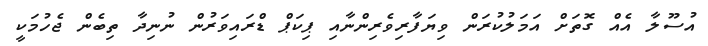
އުސޫލާ އެއް ގޮތަށް އަމަލުކުރަން ވިޔަފާރިވެރިންނާއި ޕިކަޕް ޑްރައިވަރުން ނުނިދާ ތިބެން ޖެހުމަކީ